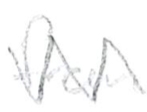
Text: from
Cross-out: zig-zag
Writing tool: pencil